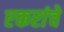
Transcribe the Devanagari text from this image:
एकरांचे